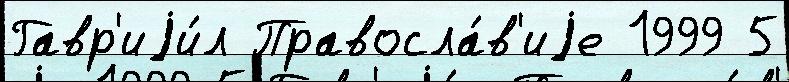
Гавр'иjи́л Правосла́в'иjе 1999 5